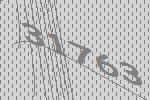
31763